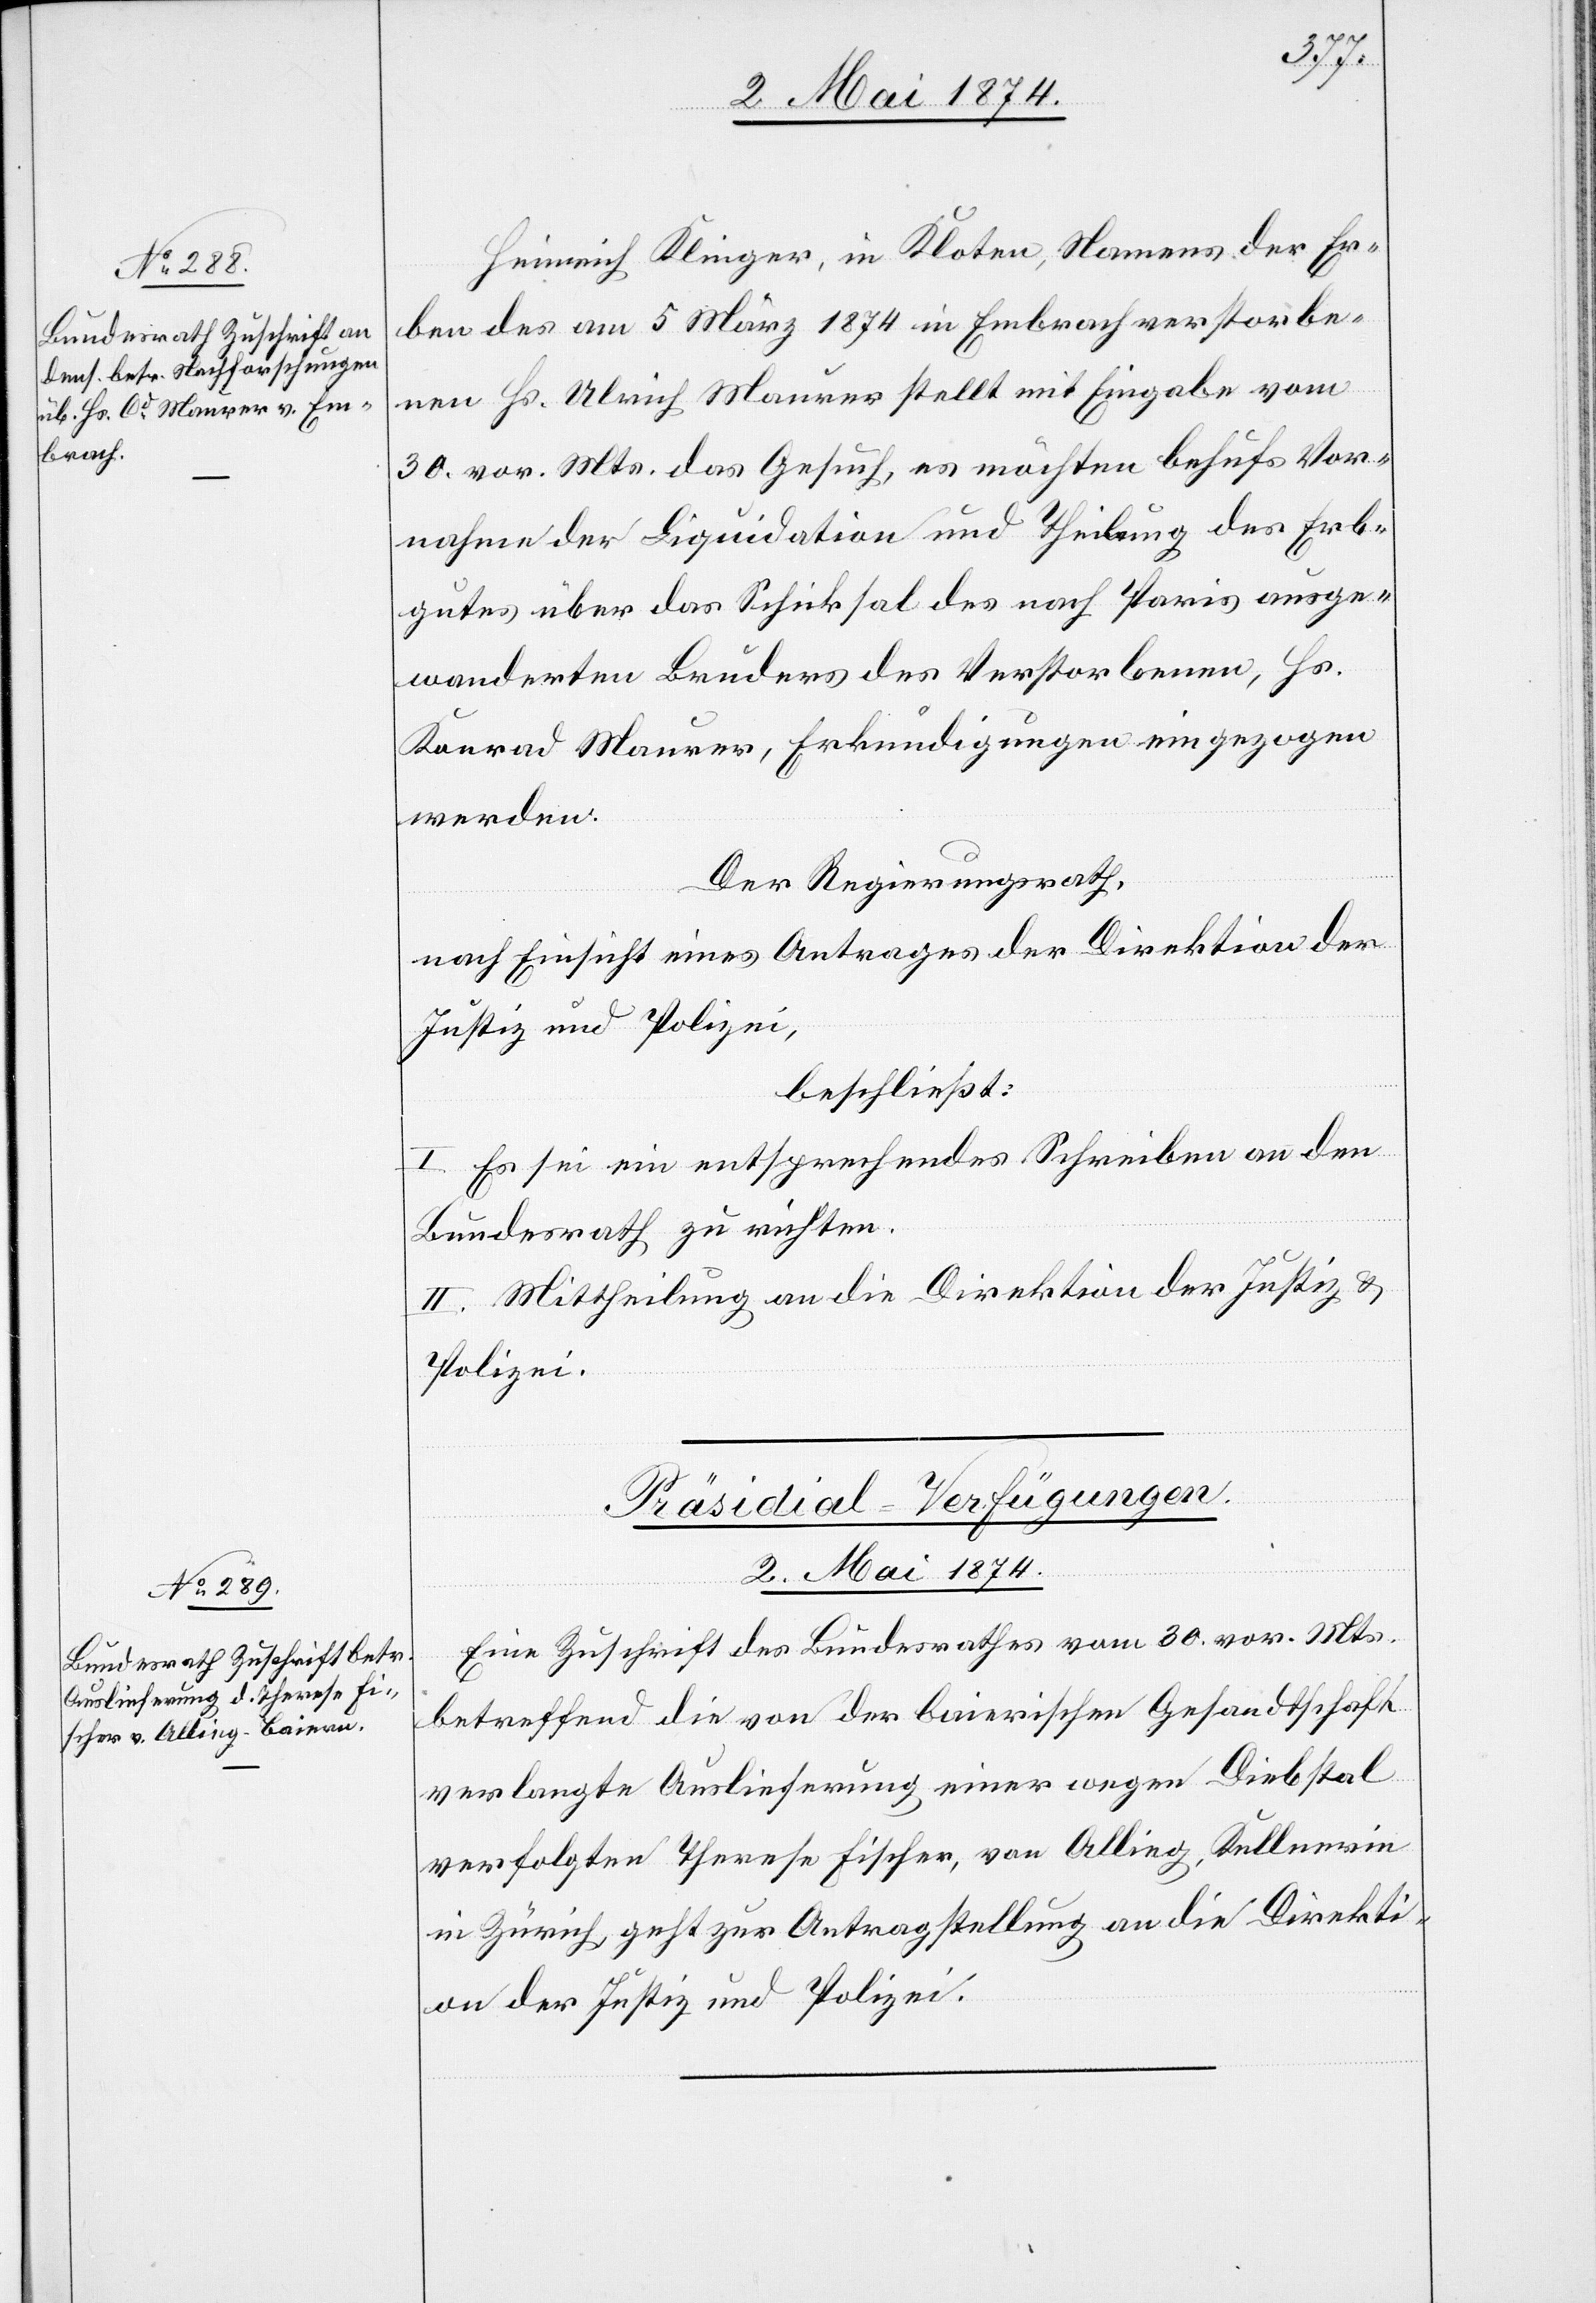
Heinrich Klinger, in Kloten, Namens der Er¬
ben des am 5. März 1874 in Embrach verstorbe¬
nen Hs. Ulrich Maurer stellt mit Eingabe vom
30. vor. Mts. das Gesuch, es möchten behufs Vor¬
nahme der Liquidation und Theilung des Erb¬
gutes über das Schicksal des nach Paris ausge¬
wanderten Bruders des Verstorbenen, Hs.
Konrad Maurer, Erkundigungen eingezogen
werden.
Der Regierungsrath,
nach Einsicht eines Antrages der Direktion der
Justiz- und Polizei,
beschließt:
I. Es sei ein entsprechendes Schreiben an den
Bundesrath zu richten.
II. Mittheilung an die Direktion der Justiz u.
Polizei.
Präsidial-Verfügungen.
2. Mai 1874.
Eine Zuschrift des Bundesrathes vom 30. vor. Mts.
betreffend die von der baierischen Gesandtschaft
verlangte Auslieferung einer wegen Diebstal
verfolgten Therese Fischer, von Alling, Kellnerin
in Zürich, geht zur Antragstellung an die Direkti¬
on der Justiz und Polizei.